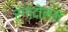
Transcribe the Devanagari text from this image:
रंगांदोलन